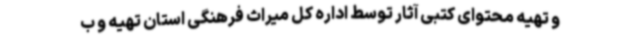
و تهیه محتوای کتبی آثار توسط اداره کل میراث فرهنگی استان تهیه و ب